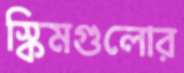
স্কিমগুলোর